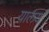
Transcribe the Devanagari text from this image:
यालय